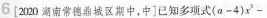
6[2m0湖南常德鼎城区期中，中]已知多项式(a-4)x^3-